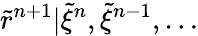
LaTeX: \tilde{r}^{n+1}|\tilde{\xi}^{n},\tilde{\xi}^{n-1},\dots